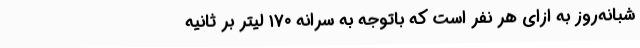
شبانه‌روز به ازای هر نفر است که باتوجه به سرانه ۱۷۰ لیتر بر ثانیه